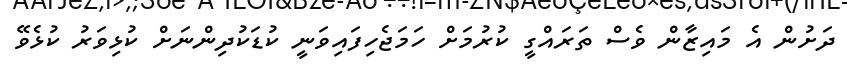
ދަށުން އެ މައިޒާން ވެސް ތަރައްގީ ކުރުމަށް ހަމަޖެހިފައިވަނީ ކުޑަކުދިންނަށް ކުޅިވަރު ކުޅެވޭ